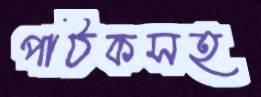
পাঠকসহ